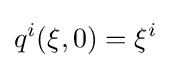
q^{i}(\xi ,0)=\xi ^{i}